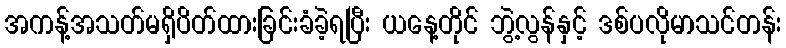
အကန့်အသတ်မရှိပိတ်ထားခြင်းခံခဲ့ရပြီး ယနေ့တိုင် ဘွဲ့လွန်နှင့် ဒစ်ပလိုမာသင်တန်း